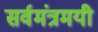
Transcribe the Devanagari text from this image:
सर्वमंत्रमयी